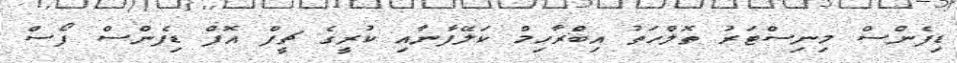
ޑިފެންސް މިނިސްޓަރު ތޮލްހަތު އިބްރާހިމް ކަލޭފާނާއި ކުރީގެ ޗީފް އޮފް ޑިފެންސް ފޯސް